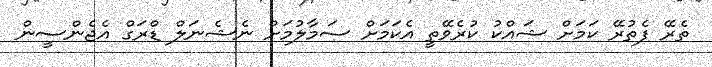
ތެރޭ ފެތުރޭ ކަމަށް ޝައްކު ކުރެވޭތީ އެކަމަށް ސަމާލުމަށް ނެޝެނަލް ޑްރަގް އެޖެންސީން